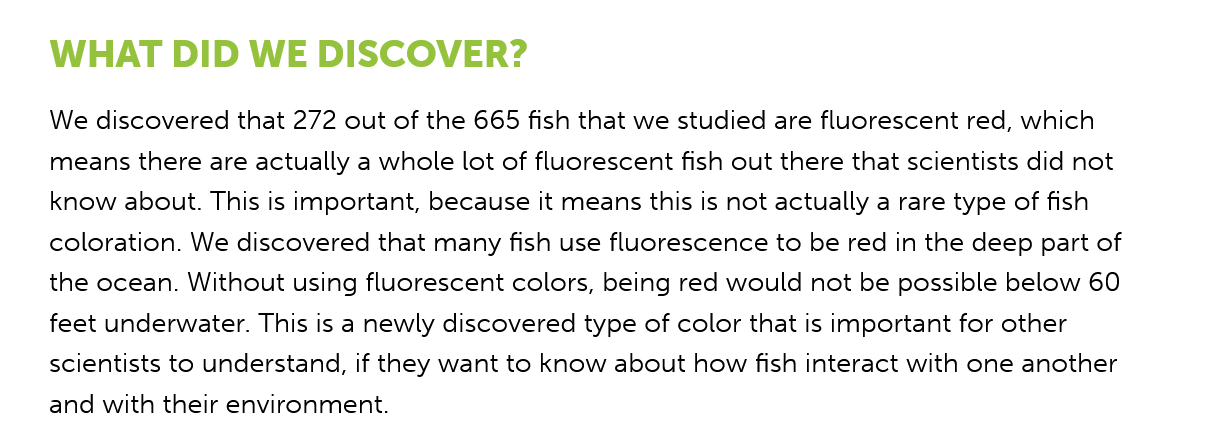
WHAT  DID    WE   DISCOVER?
    We discovered that 272 out of the 665 fish that we studied are fluorescent red, which
    means there are actually a whole lot of fluorescent fish out there that scientists did not
    know about. This is important, because it means this is not actually a rare type of fish
    coloration. We discovered that many fish use fluorescence to be red in the deep part of
    the ocean. Without using fluorescent colors, being red would not be possible below 60
    feet underwater. This is a newly discovered type of color that is important for other
    scientists to understand, if they want to know about how fish interact with one another
    and with their environment.